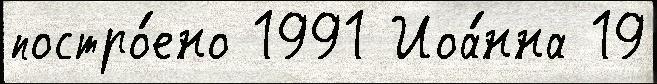
постро́ено 1991 Иоа́нна 19